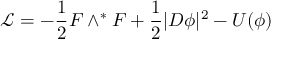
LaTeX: { \mathcal L } = - \frac { 1 } { 2 } F \wedge ^ { * } F + \frac { 1 } { 2 } | D \phi | ^ { 2 } - U ( \phi )